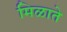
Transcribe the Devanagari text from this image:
मिळाते